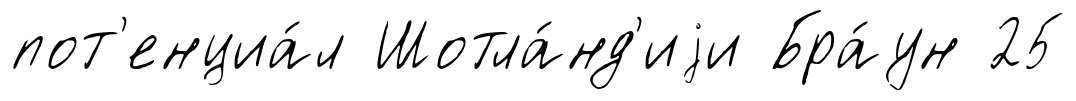
пот'енциа́л Шотла́нд'иjи Бра́ун 25